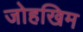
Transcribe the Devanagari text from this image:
जोहखिम